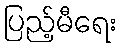
ပြည့်မီရေး